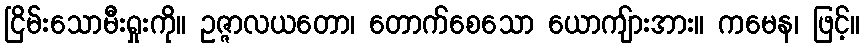
ငြိမ်းသောမီးရှုးကို။ ဥဇ္ဇာလယတော၊ တောက်စေသော ယောကျ်ားအား။ ကမေန၊ ဖြင့်။